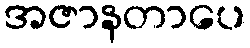
အဇာနတာပေ